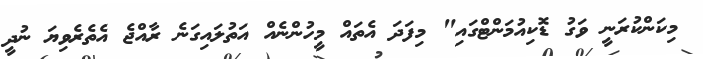
މިކަންކުރަނީ ވަގު ޑޮކިއުމަންޓްގައި" މިފަދަ އެތައް މީހުންނެއް އަތުލައިގަނެ ރާއްޖެ އެތެރެވިޔަ ނުދީ